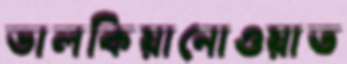
ভালকিয়ানোওয়াত